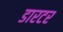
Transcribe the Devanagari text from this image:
डारटर